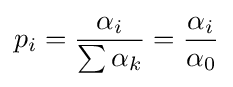
p_{i}={\frac {\alpha _{i}}{\sum \alpha _{k}}}={\frac {\alpha _{i}}{\alpha _{0}}}